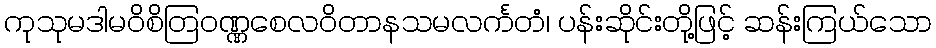
ကုသုမဒါမဝိစိတြဝဏ္ဏစေလဝိတာနသမလင်္ကတံ၊ ပန်းဆိုင်းတို့ဖြင့် ဆန်းကြယ်သော